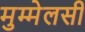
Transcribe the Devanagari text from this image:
मुम्मेलसी